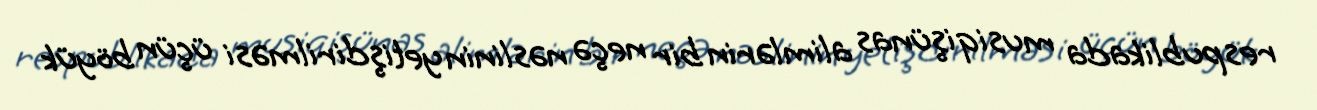
respublikada musiqişünas alimlərin bir neçə nəslinin yetişdirilməsi üçün böyük